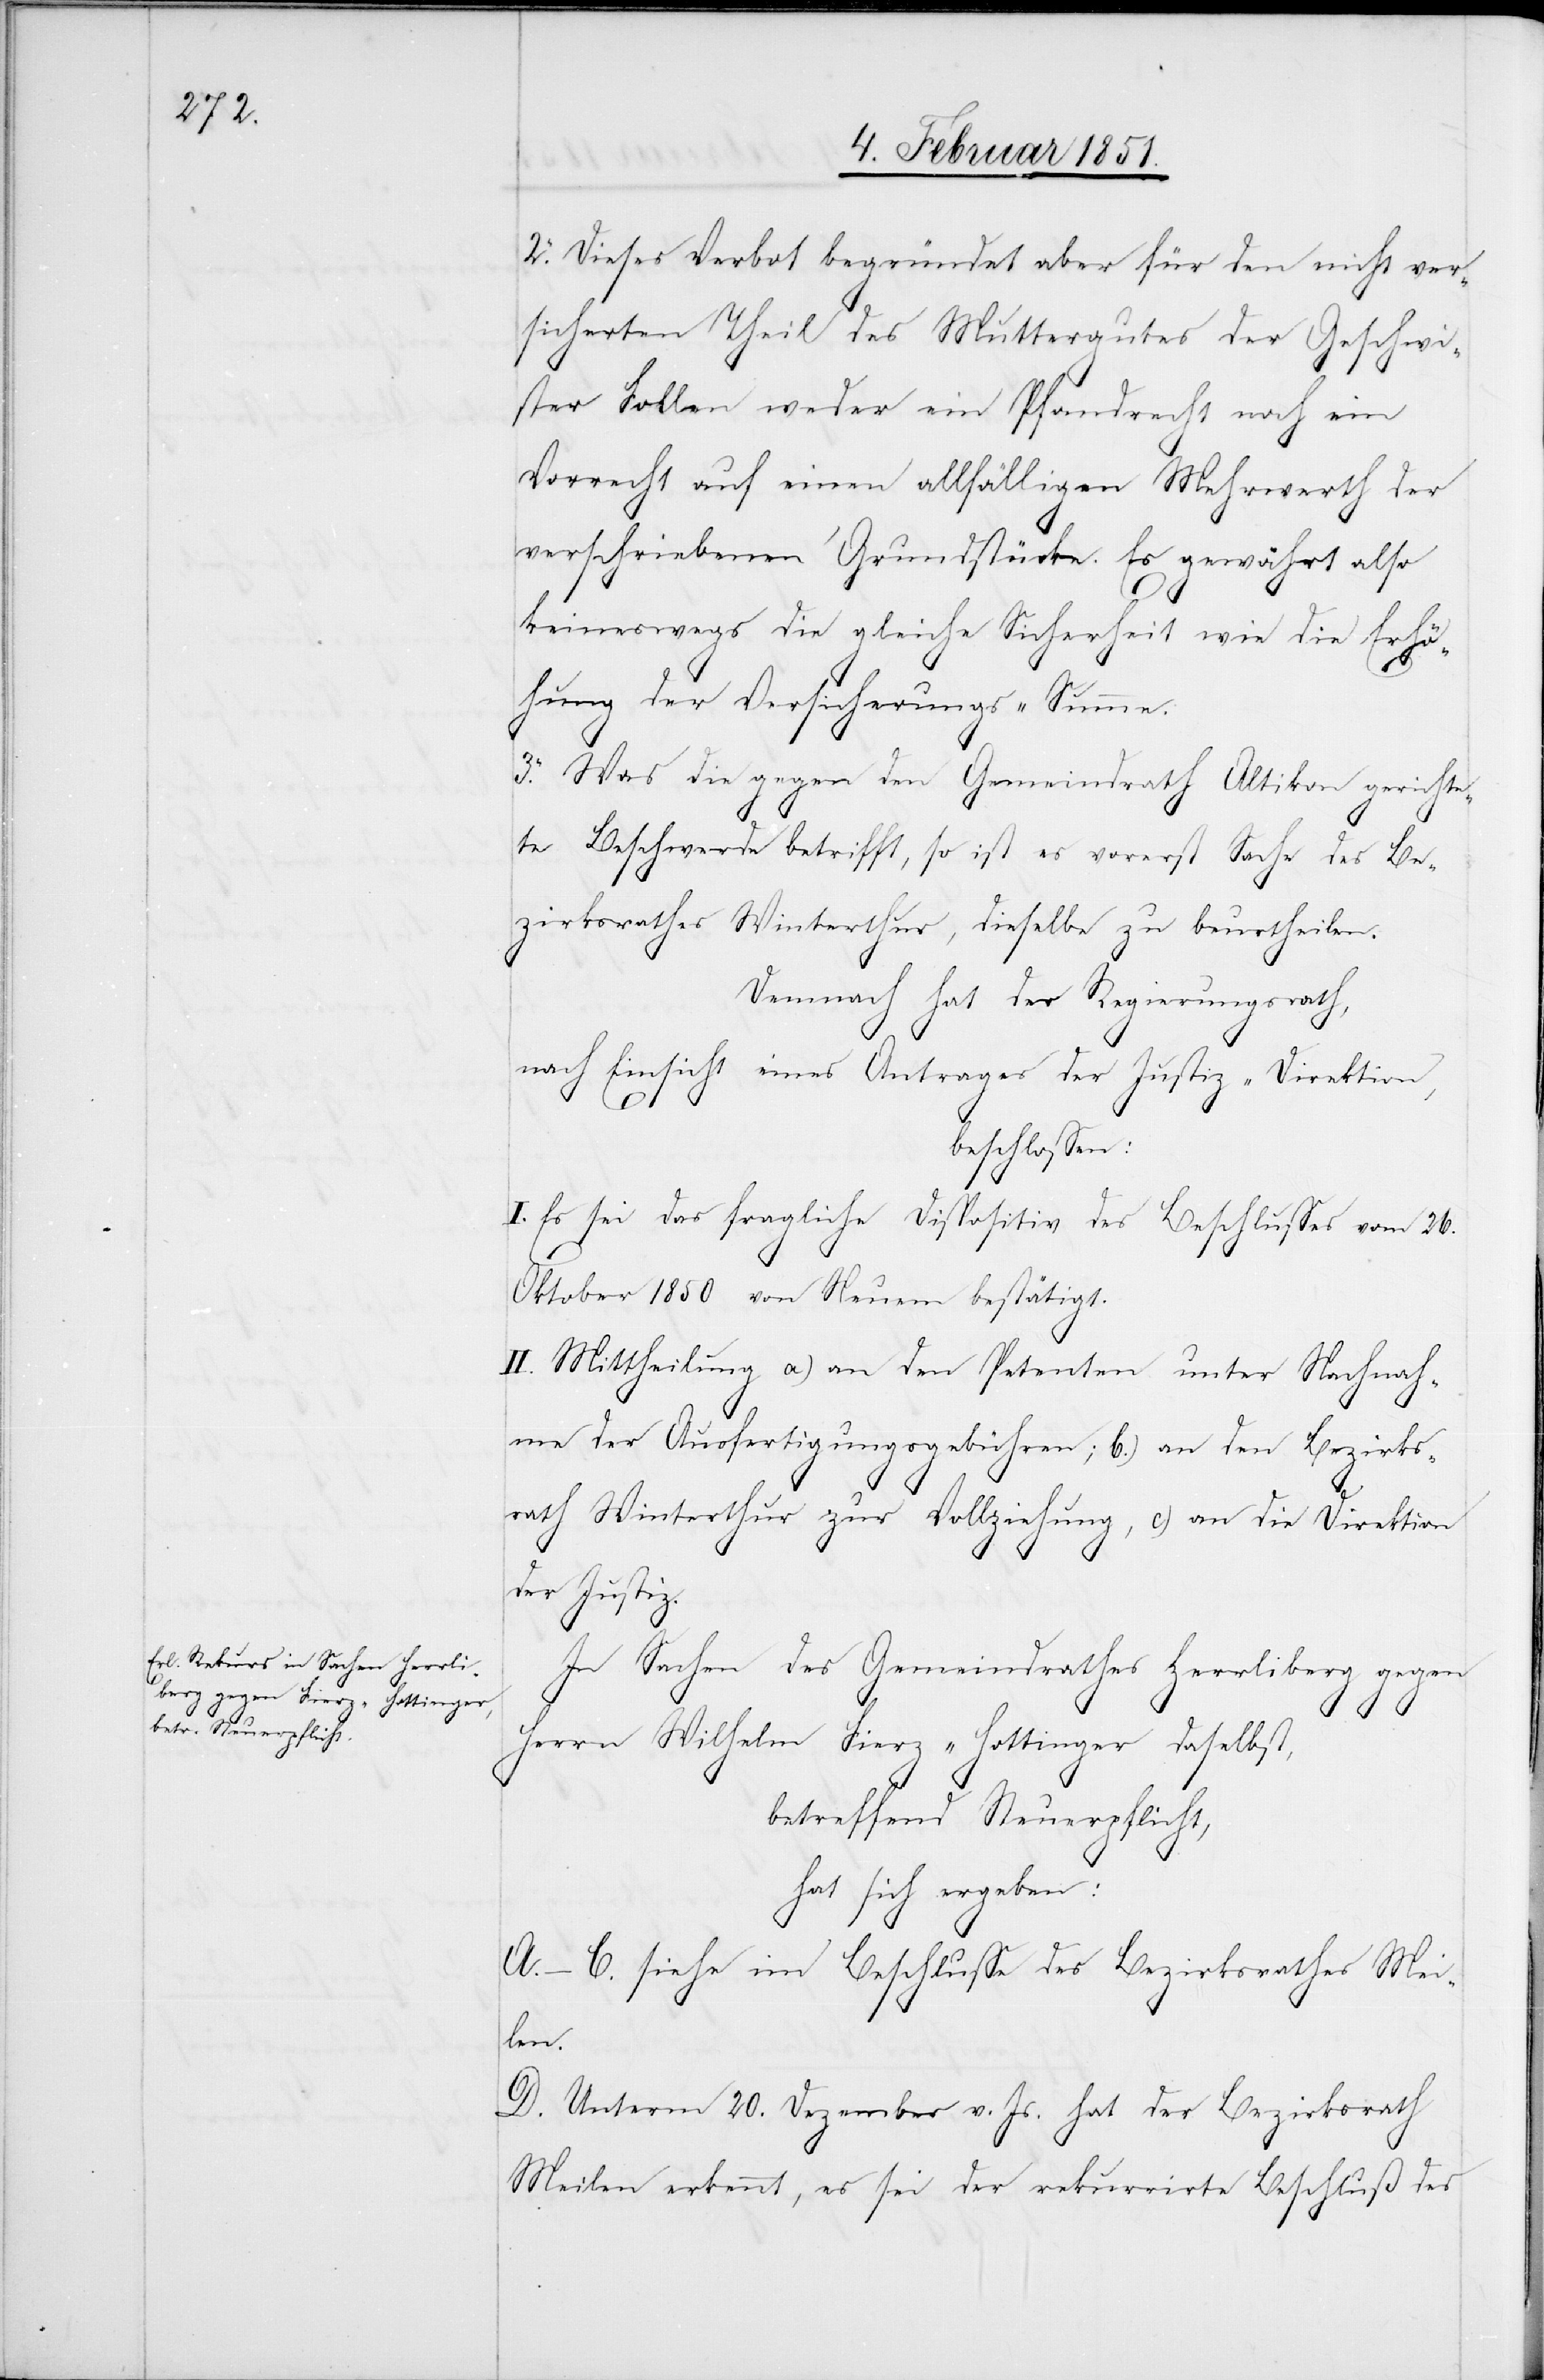
2. Dieses Verbot begründet aber für den nicht ver¬
sicherten Theil des Muttergutes der Geschwi¬
ster Follen weder ein Pfandrecht noch ein
Vorrecht auf einen allfälligen Mehrwerth der
verschriebenen Grundstücke. Es gewährt also
keineswegs die gleiche Sicherheit wie die Erhö¬
hung der Versicherungs-Summe.
3. Was die gegen den Gemeindrath Altikon gerichte¬
te Beschwerde betrifft, so ist es vorerst Sache des Be¬
zirksrathes Winterthur, dieselbe zu beurtheilen.
Demnach hat der Regierungsrath,
nach Einsicht eines Antrages der Justiz-Direktion,
beschlossen:
I. Es sei das fragliche Dispositiv des Beschlusses vom 26.
Oktober 1850 von Neuem bestätigt.
II. Mittheilung a) an den Petenten unter Nachnah¬
me der Ausfertigungsgebühren; b.) an den Bezirks¬
rath Winterthur zur Vollziehung, c) an die Direktion
der Justiz.
In Sachen des Gemeindrathes Herrliberg gegen
Herrn Wilhelm Fierz-Hottinger daselbst,
betreffend Steuerpflicht,
hat sich ergeben:
A.–C. siehe im Beschlusse des Bezirksrathes Mei¬
len.
D. Unterm 20. Dezember v. Js. hat der Bezirksrath
Meilen erkennt, es sei der rekurrirte Beschluß des